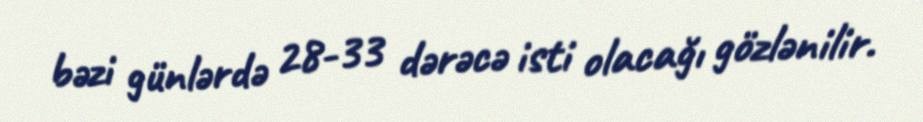
bəzi günlərdə 28-33 dərəcə isti olacağı gözlənilir.